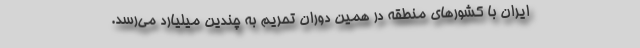
ایران با کشورهای منطقه در همین دوران تحریم به چندین میلیارد می‌رسد.